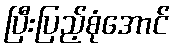
ပြီးပြည့်စုံအောင်